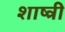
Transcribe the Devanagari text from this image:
शाष्त्री